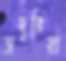
ভাদুরিয়া